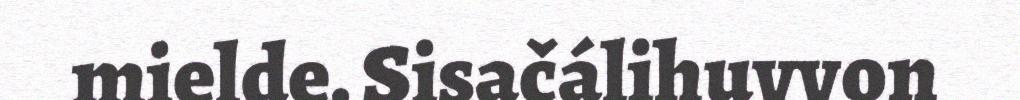
mielde. Sisačálihuvvon